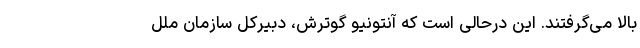
بالا می‌گرفتند. این درحالی است که آنتونیو گوترش، دبیرکل سازمان ملل